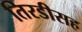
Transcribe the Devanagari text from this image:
तिरडीसह